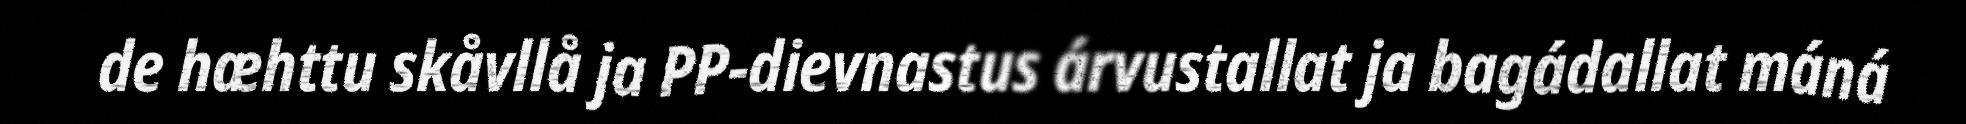
de hæhttu skåvllå ja PP-dievnastus árvustallat ja bagádallat máná